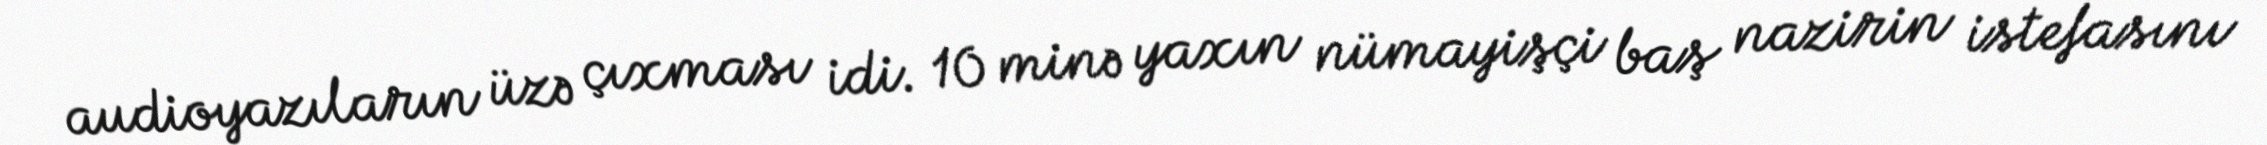
audioyazıların üzə çıxması idi. 10 minə yaxın nümayişçi baş nazirin istefasını